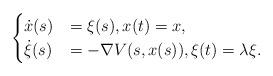
LaTeX: \begin{align*} \begin{cases} \dot{x}(s)& = \xi (s), x(t) = x, \\ \dot{\xi }(s) & = -\nabla V(s,x(s)), \xi (t) = \lambda \xi . \end{cases}\end{align*}